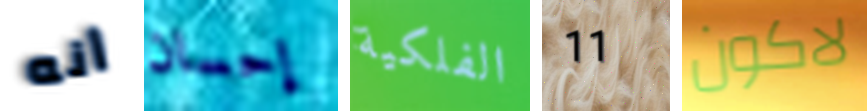
أنه إحسان الفلكية 11 لاكون